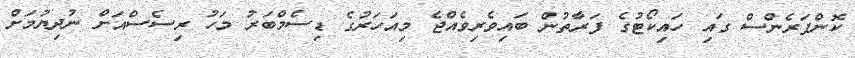
ކޮންފަރެންސް ގައި ހައިކޯޓުގެ ފަރާތުން ބައިވެރިވެއްޖެ މިއަހަރުގެ ޑިސެމްބަރު މަހު ރިސެސްއަށް ނުދިޔުމަށް